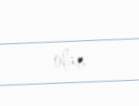
olar.